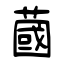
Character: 蔮